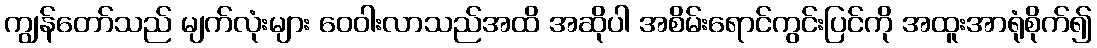
ကျွန်တော်သည် မျက်လုံးများ ဝေဝါးလာသည်အထိ အဆိုပါ အစိမ်းရောင်ကွင်းပြင်ကို အထူးအာရုံစိုက်၍